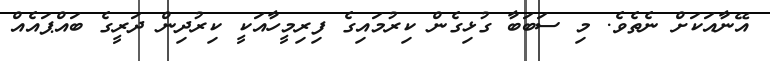
އޭނާއަކަށް ނެތެވެ. މި ސަބަބާ ގުޅިގެން ކިރުމައިގެ ފިރިމީހާއަކީ ކިރުދިން ދަރީގެ ބައްޕައެއް